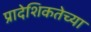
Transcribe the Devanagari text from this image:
प्रादेशिकतेच्या